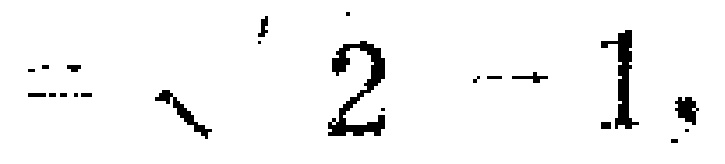
$= \sqrt{2}+1.$